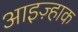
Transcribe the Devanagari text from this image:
आइज़्हाक